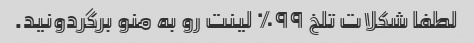
لطفا شکلات تلخ ۹۹٪ لینت رو به منو برگردونید.